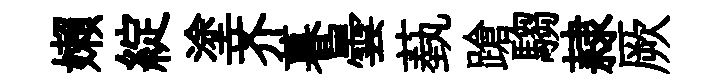
嬾綻塗芥暮曇蓺蹌騶隷厥